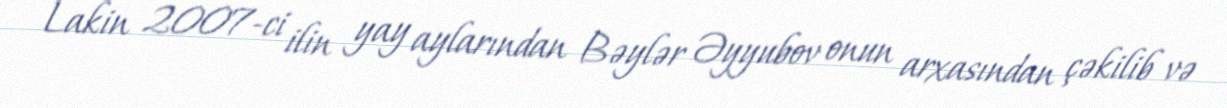
Lakin 2007-ci ilin yay aylarından Bəylər Əyyubov onun arxasından çəkilib və